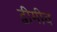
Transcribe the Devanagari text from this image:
द्वीमीव